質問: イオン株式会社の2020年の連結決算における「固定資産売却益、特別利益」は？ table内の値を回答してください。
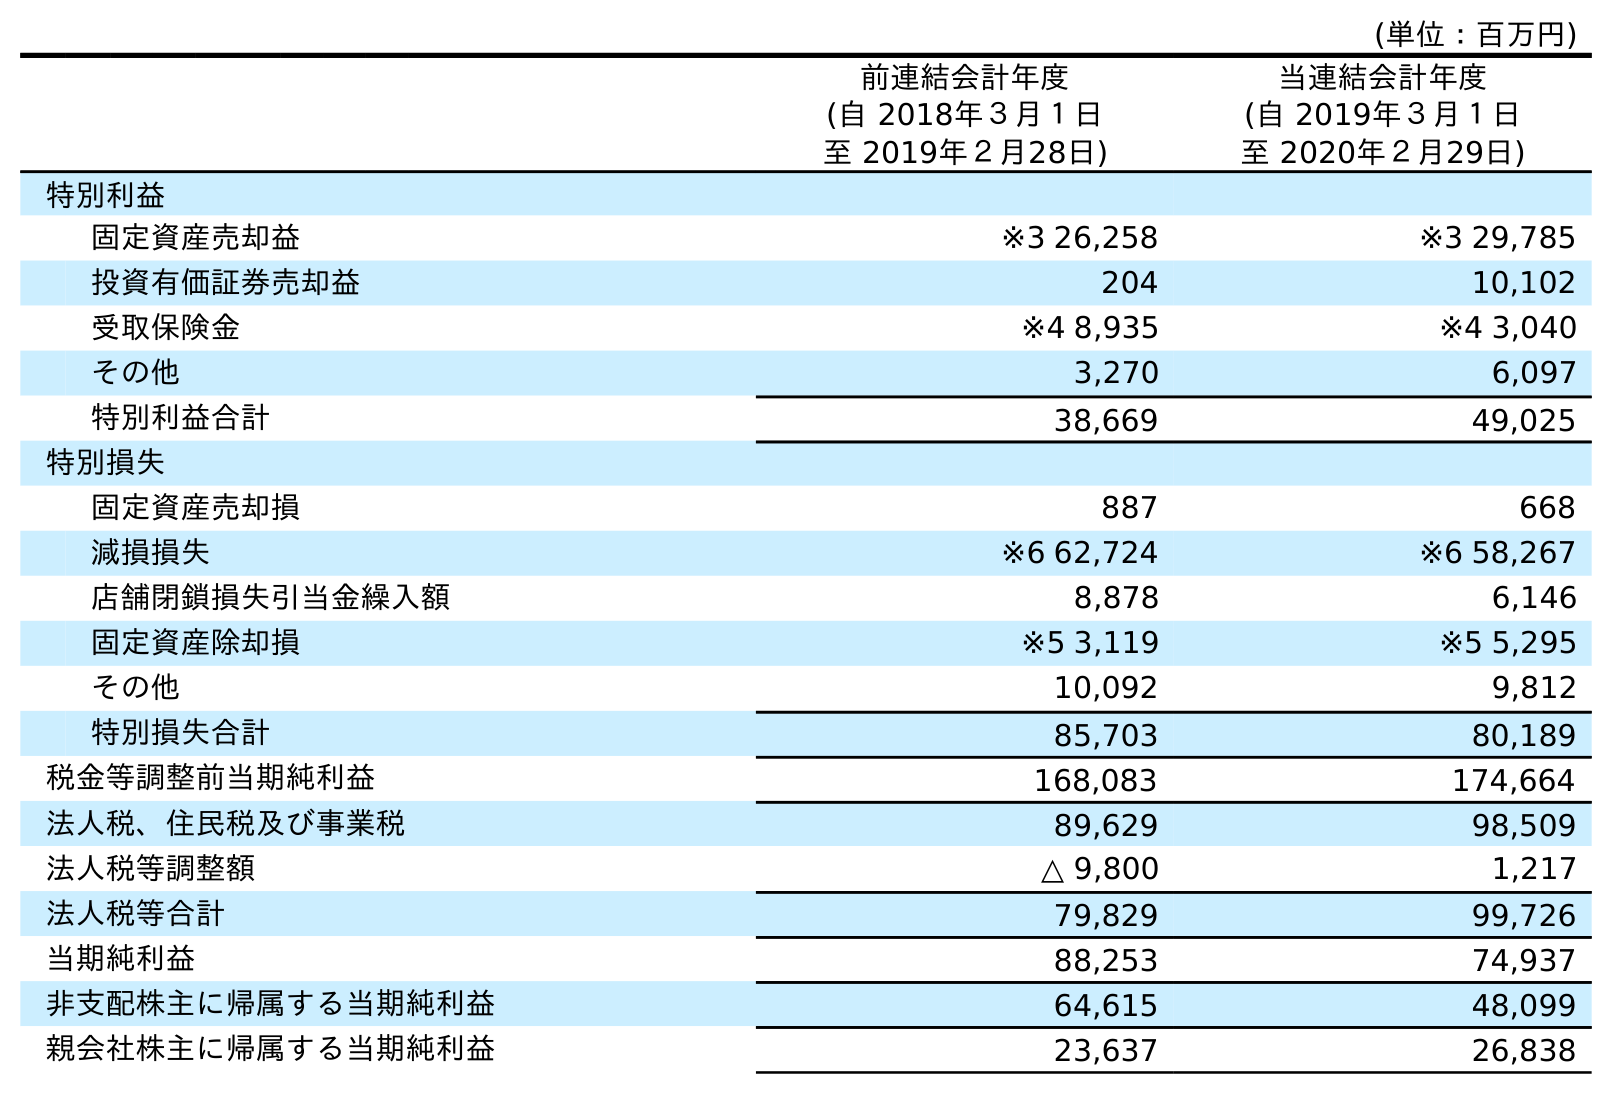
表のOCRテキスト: (単位：百万円) 前連結会計年度 (自 2018年３月１日 至 2019年２月28日) 当連結会計年度 (自 2019年３月１日 至 2020年２月29日) 特別利益 固定資産売却益 ※3 26,258 ※3 29,785 投資有価証券売却益 204 10,102 受取保険金 ※4 8,935 ※4 3,040 その他 3,270 6,097 特別利益合計 38,669 49,025 特別損失 固定資産売却損 887 668 減損損失 ※6 62,724 ※6 58,267 店舗閉鎖損失引当金繰入額 8,878 6,146 固定資産除却損 ※5 3,119 ※5 5,295 その他 10,092 9,812 特別損失合計 85,703 80,189 税金等調整前当期純利益 168,083 174,664 法人税、住民税及び事業税 89,629 98,509 法人税等調整額 △ 9,800 1,217 法人税等合計 79,829 99,726 当期純利益 88,253 74,937 非支配株主に帰属する当期純利益 64,615 48,099 親会社株主に帰属する当期純利益 23,637 26,838
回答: ※329,785